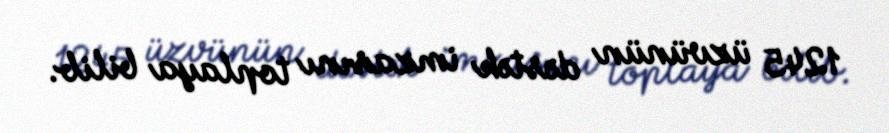
1245 üzvünün dəstək imzasını toplaya bilib.